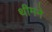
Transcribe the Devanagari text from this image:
थीमने